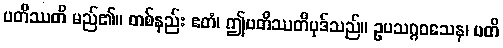
ပတိဿတိ မည်၏။ တစ်နည်း ဧတံ၊ ဤပတိဿတိပုဒ်သည်။ ဥပသဂ္ဂဝသေန၊ ပတိ